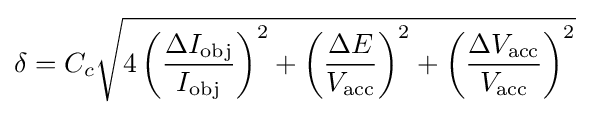
\delta =C_{c}{\sqrt {4\left({\frac {\Delta I_{\text{obj}}}{I_{\text{obj}}}}\right)^{2}+\left({\frac {\Delta E}{V_{\text{acc}}}}\right)^{2}+\left({\frac {\Delta V_{\text{acc}}}{V_{\text{acc}}}}\right)^{2}}}